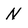
Character: N